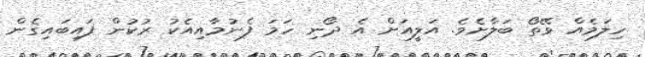
ހިލަމެއް ވޭތޯ ބަލާށެވެ. އަލީއަށް އެ ދޯނި ހަމަ ފެނުމާއިއެކު ރުކުން ފައިބައިގެން